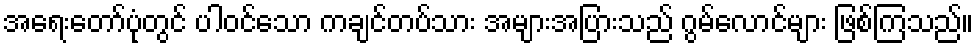
အရေးတော်ပုံတွင် ပါဝင်သော ကချင်တပ်သား အများအပြားသည် ဂွမ်လောင်များ ဖြစ်ကြသည်။